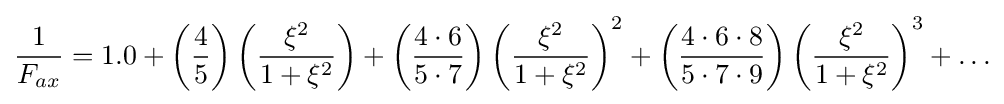
{\frac {1}{F_{ax}}}=1.0+\left({\frac {4}{5}}\right)\left({\frac {\xi ^{2}}{1+\xi ^{2}}}\right)+\left({\frac {4\cdot 6}{5\cdot 7}}\right)\left({\frac {\xi ^{2}}{1+\xi ^{2}}}\right)^{2}+\left({\frac {4\cdot 6\cdot 8}{5\cdot 7\cdot 9}}\right)\left({\frac {\xi ^{2}}{1+\xi ^{2}}}\right)^{3}+\ldots